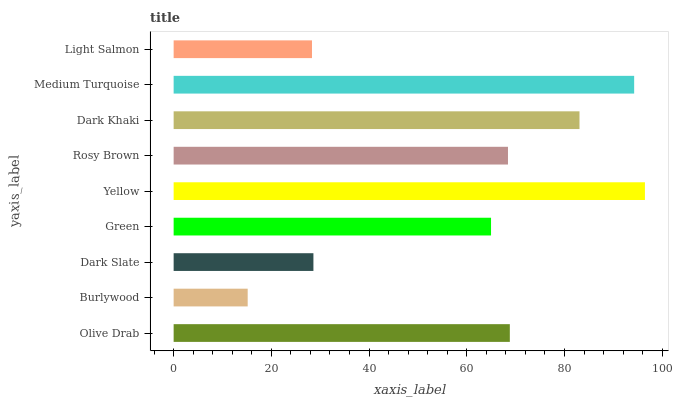
| yaxis_label | bars |
 | --- | --- |
 | Olive Drab | 68.8 |
 | Burlywood | 15.2 |
 | Dark Slate | 28.6 |
 | Green | 65 |
 | Yellow | 96.5 |
 | Rosy Brown | 68.4 |
 | Dark Khaki | 83.1 |
 | Medium Turquoise | 94.3 |
 | Light Salmon | 28.3 |